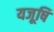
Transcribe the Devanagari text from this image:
यजूषि